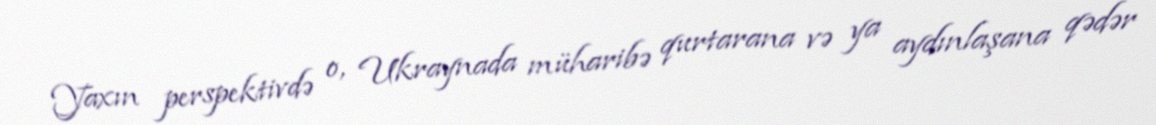
Yaxın perspektivdə o, Ukraynada müharibə qurtarana və ya aydınlaşana qədər